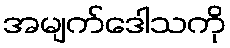
အမျက်ဒေါသကို